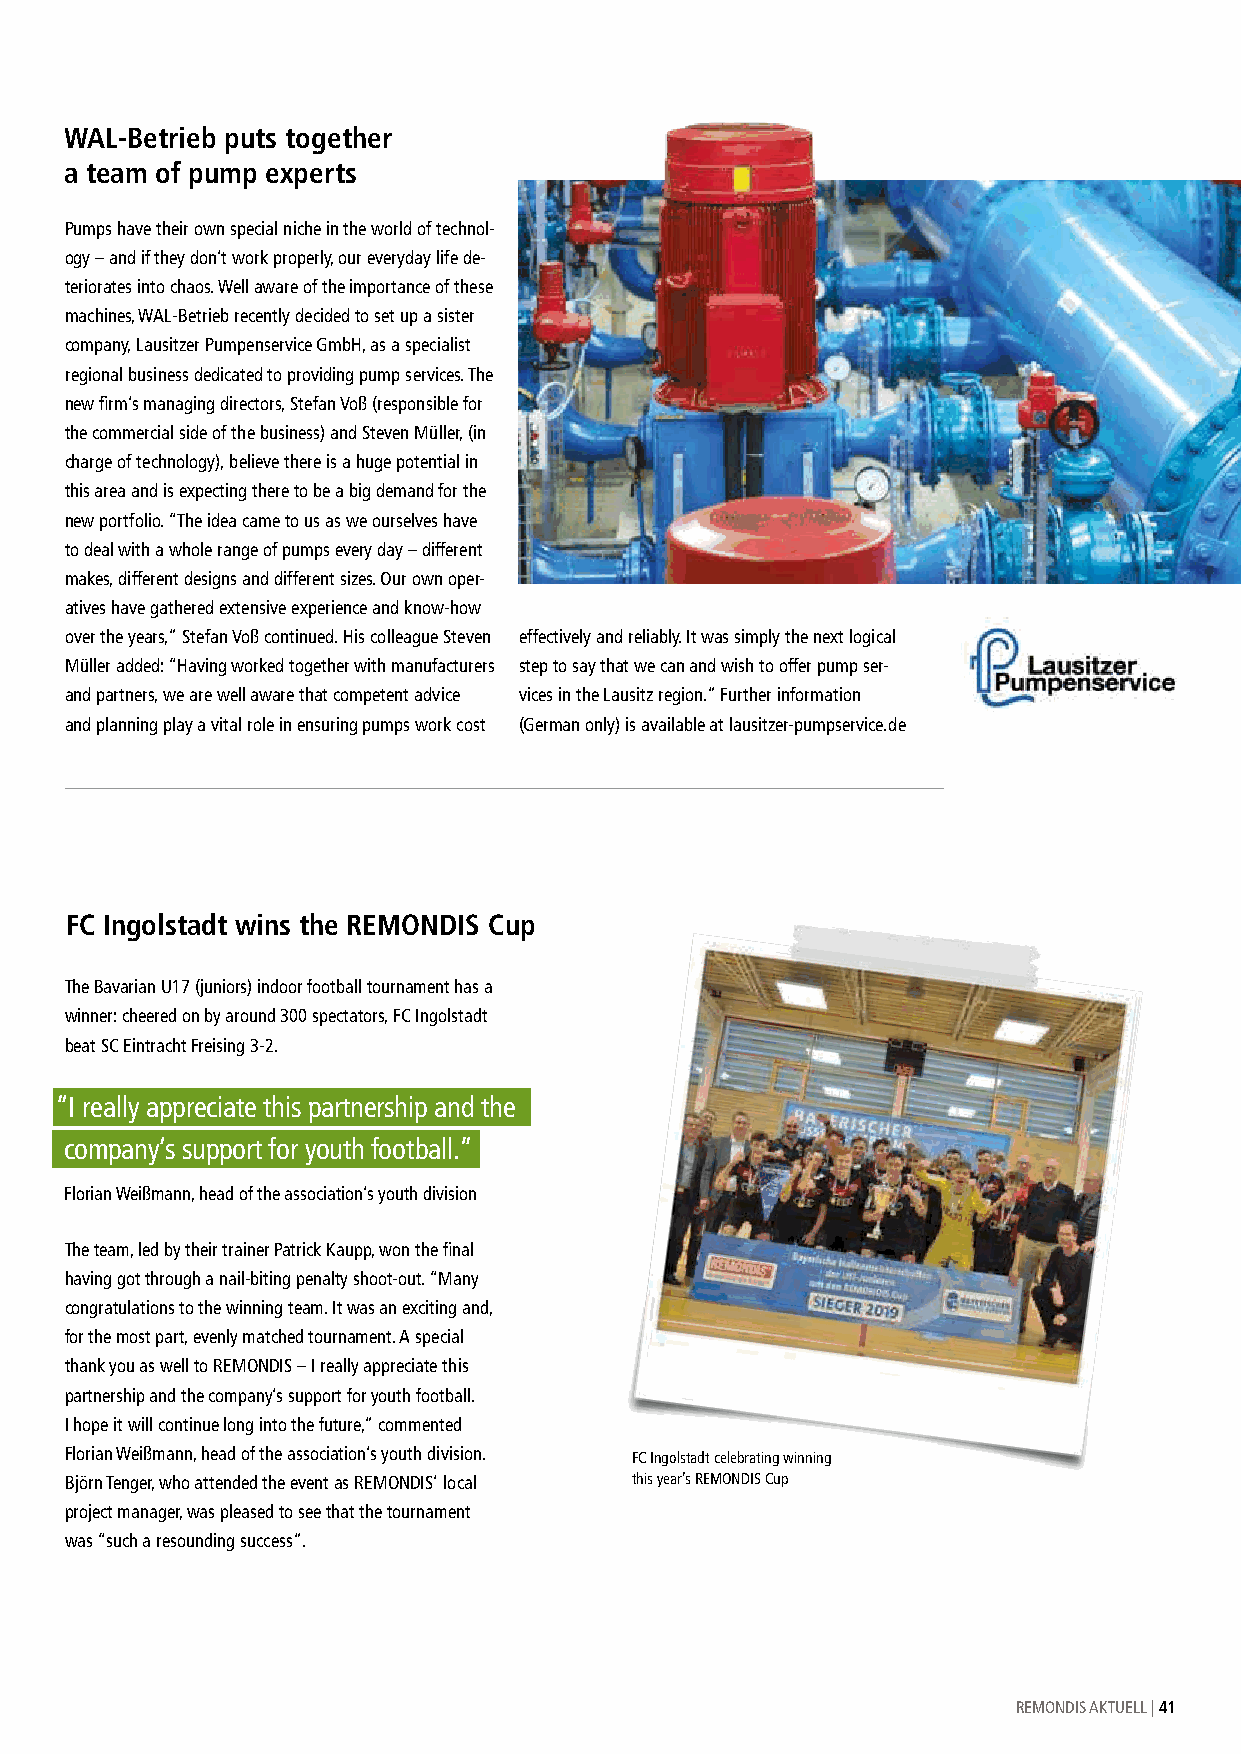
WAL-Betrieb puts together
 a team of pump experts
 Pumps have their own special niche in the world of technol-
 ogy – and if they don’t work properly, our everyday life de-
 teriorates into chaos. Well aware of the importance of these
 machines, WAL-Betrieb recently decided to set up a sister
 company, Lausitzer Pumpenservice GmbH, as a specialist
 regional business dedicated to providing pump services. The
 new firm’s managing directors, Stefan Voß (responsible for
 the commercial side of the business) and Steven Müller, (in
 charge of technology), believe there is a huge potential in
 this area and is expecting there to be a big demand for the
 new portfolio. “The idea came to us as we ourselves have
 to deal with a whole range of pumps every day – different
 makes, different designs and different sizes. Our own oper-
 atives have gathered extensive experience and know-how
 over the years,” Stefan Voß continued. His colleague Steven effectively and reliably. It was simply the next logical
 Müller added: “Having worked together with manufacturers step to say that we can and wish to offer pump ser-
 and partners, we are well aware that competent advice vices in the Lausitz region.” Further information
 and planning play a vital role in ensuring pumps work cost (German only) is available at lausitzer-pumpservice.de
 FC Ingolstadt wins the REMONDIS Cup
 The Bavarian U17 (juniors) indoor football tournament has a
 winner: cheered on by around 300 spectators, FC Ingolstadt
 beat SC Eintracht Freising 3-2.
 “I really appreciate this partnership and the
 company’s support for youth football.”
 Florian Weißmann, head of the association’s youth division
 The team, led by their trainer Patrick Kaupp, won the final
 having got through a nail-biting penalty shoot-out. “Many
 congratulations to the winning team. It was an exciting and,
 for the most part, evenly matched tournament. A special
 thank you as well to REMONDIS – I really appreciate this
 partnership and the company’s support for youth football.
 I hope it will continue long into the future,” commented
 Florian Weißmann, head of the association’s youth division. FC Ingolstadt celebrating winning
 Björn Tenger, who attended the event as REMONDIS’ local this year’s REMONDIS Cup
 project manager, was pleased to see that the tournament
 was “such a resounding success”.
 REMONDIS AKTUELL | 41